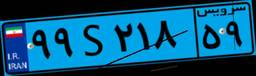
۹۹S۲۱۸۵۹